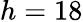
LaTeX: h=18